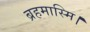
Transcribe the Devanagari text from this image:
ब्रहमास्मि।